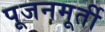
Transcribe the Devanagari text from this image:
पूजनमूर्ती